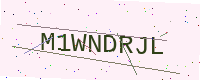
Text: M1WNDRJL